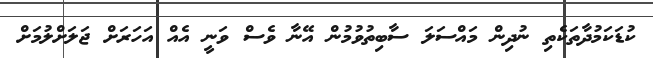
ކުޑަކަމުދާތަކެތި ނުދިން މައްސަލަ ސާބިތުވުމުން އޭނާ ވެސް ވަނީ އެއް އަހަރަށް ޖަލަށްލުމަށް